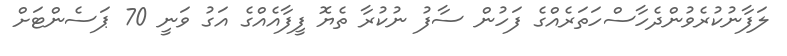
ލަފާނުކުރެވުންދެހާސްހަތަރެއްގެ ފަހުން ސާފު ނުކުރާ ތެޔޮ ފީފާއެއްގެ އަގު ވަނީ 70 ޕަސެންޓަށް